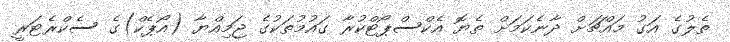
ތެލުގެ އަގު މައްޗަށް ދާނެކަމަށް ތެޔޮ އެކްސްޕޯޓްކުރާ ގައުމުތަކުގެ ޖަމިއްޔާ (އޯޕެކް)ގެ ސެކްރެޓަރީ